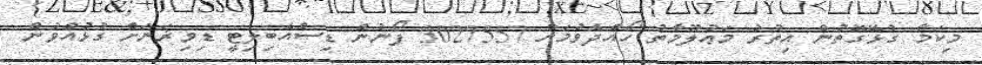
މިކަމާ ގުޅޭގޮތުން އިތުރު މަޢުލޫމާތު ހޯއްދެވުމަށް 3027557 ފޯނުން ޑިސްއެބިލިޓީ ޑިވިޜަނަށް ގުޅުއްވުން